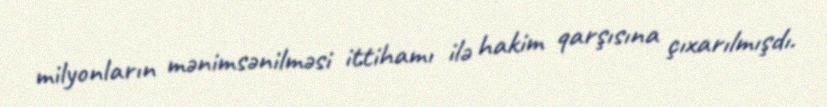
milyonların mənimsənilməsi ittihamı ilə hakim qarşısına çıxarılmışdı.